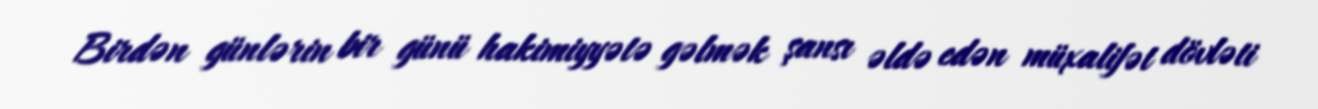
Birdən günlərin bir günü hakimiyyətə gəlmək şansı əldə edən müxalifət dövləti